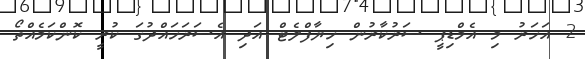
2 އަހަރު މި އެމްޑިޕީ ސަރުކާރުން ހިޔާފްލެޓް އަދި އެސަރަހައްދުގަ ކުރީ ކޮންކަމެއްތޯ